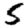
Digit: 5